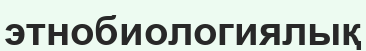
этнобиологиялық